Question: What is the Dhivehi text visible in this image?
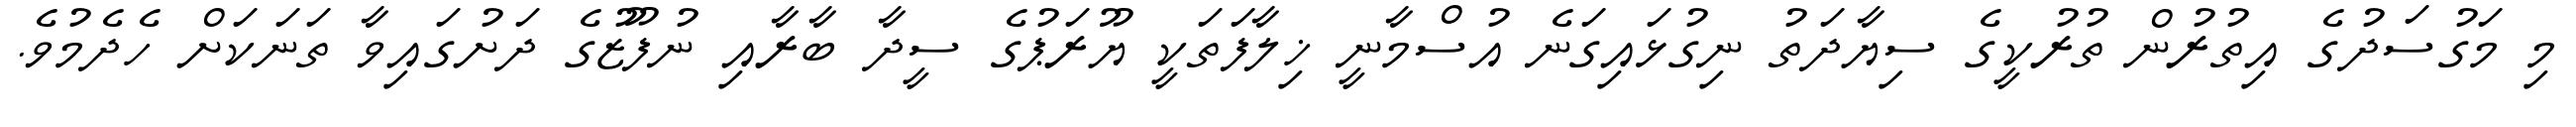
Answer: މި މަގުސަދުގެ އިތުރުން ތުރުކީގެ ސިޔާދަތު ނިގުޅައިގަނެ އުސްމާނީ ޚިލާފަތަކީ ޔޫރަޕުގެ ސީދާ ބާރާއި ނުފޫޒުގެ ދަށުގައިވާ ތަނަކަށް ހެދެމުވެ.